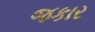
જકાર